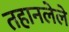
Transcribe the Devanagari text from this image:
तहानलेले